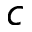
c